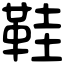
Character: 鞋